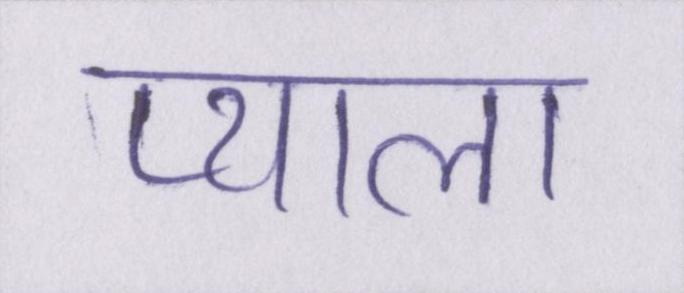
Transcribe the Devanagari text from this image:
प्याला